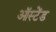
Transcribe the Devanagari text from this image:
ऑस्टेंड